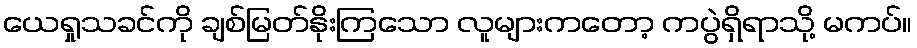
ယေရှုသခင်ကို ချစ်မြတ်နိုးကြသော လူများကတော့ ကပွဲရှိရာသို့ မကပ်။